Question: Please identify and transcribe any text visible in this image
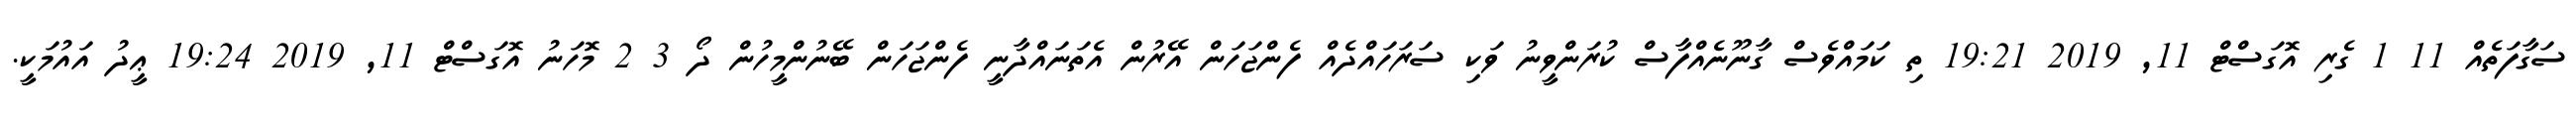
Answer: ސަގާފަތެއް 11 1 ގެރި އޮގަސްޓް 11, 2019 19:21 ތި ކަމައްވެސް ގާނޫނެއްފާސް ކުރަންވީނު ވަކި ސަރަހައްދެއް ފެންޖަހަން އޭރުން އެތަނައްދާނީ ފެންޖަހަން ބޭނުންމީހުން ދޯ 3 2 މޮހަނު އޮގަސްޓް 11, 2019 19:24 ޢީދު އައުމަކީ.